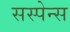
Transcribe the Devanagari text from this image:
सस्पेन्स